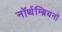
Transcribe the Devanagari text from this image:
नॉर्थम्ब्रियनों